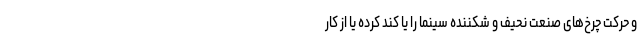
و حرکت چرخ‌های صنعت نحیف و شکننده سینما را یا کُند کرده یا از کار